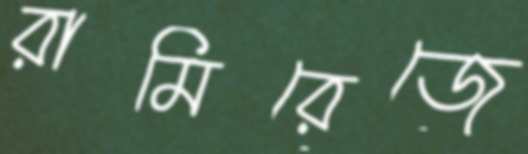
রামিরেজে